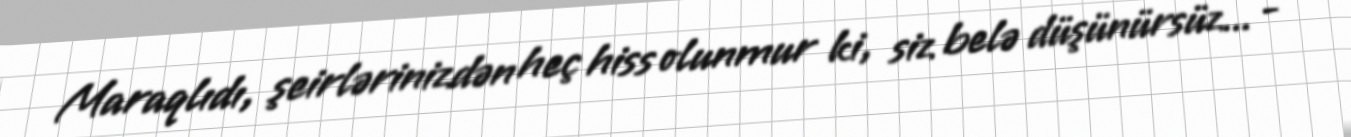
Maraqlıdı, şeirlərinizdən heç hiss olunmur ki, siz belə düşünürsüz... -